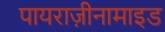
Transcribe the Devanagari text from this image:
पायराज़ीनामाइड